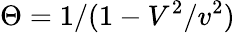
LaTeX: \Theta=1/(1-V^{2}/v^{2})